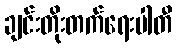
ချင်းတိုးတက်ရေးပါတီ